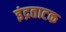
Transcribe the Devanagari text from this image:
इंद्रताटक